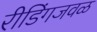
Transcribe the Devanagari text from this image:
रीडिंगजवळ